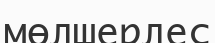
мөлшерлес